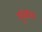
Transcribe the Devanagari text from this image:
युध्कल